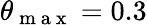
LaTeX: \theta_{\mathrm{~m~a~x~}}=0.3